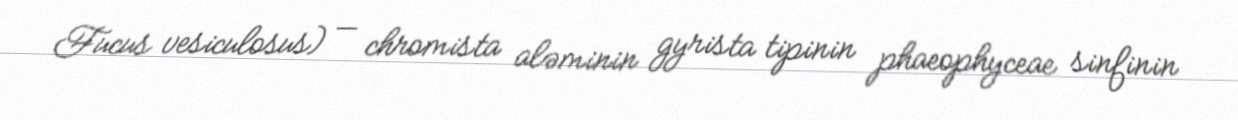
Fucus vesiculosus) — chromista aləminin gyrista tipinin phaeophyceae sinfinin